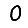
Digit: 0